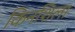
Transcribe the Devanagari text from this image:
किनशिला